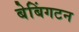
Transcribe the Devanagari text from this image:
बेबिंगटन